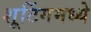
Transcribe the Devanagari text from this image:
शूटिंगमध्ये